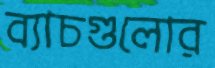
ব্যাচগুলোর